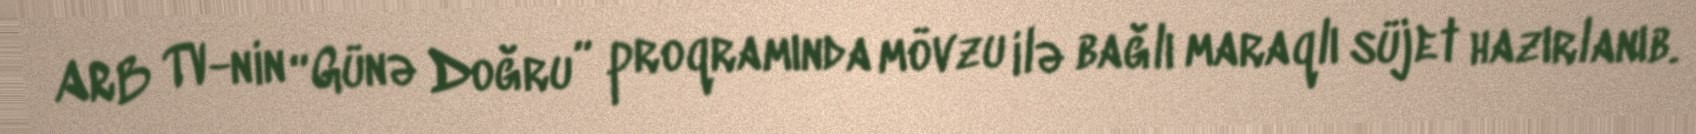
ARB TV-nin “Günə Doğru” proqramında mövzu ilə bağlı maraqlı süjet hazırlanıb.